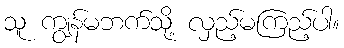
သူ ကျွန်မဘက်သို့ လှည့်မကြည့်ပါ။